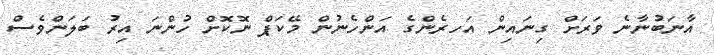
އާނަބުނާނެ ވަރަށް ގިނައިން އަހރެންގެ އަންހެނުން މޭކަޕް ނޮކޮށް ހުންނަ އިރު ބަލަންވެސް